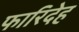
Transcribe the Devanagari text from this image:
फारिदेह